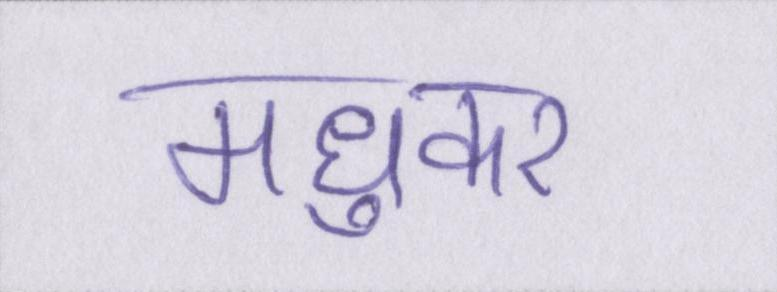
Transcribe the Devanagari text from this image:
मधुकर